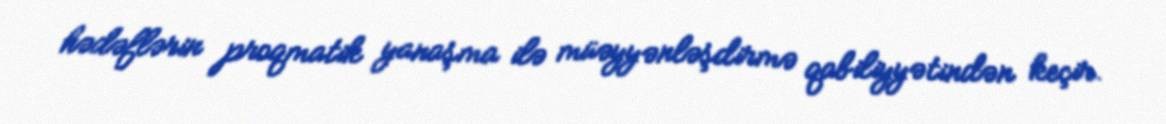
hədəflərin proqmatik yanaşma ilə müəyyənləşdirmə qabiliyyətindən keçir.